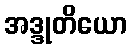
အဒ္ဒုတိယော